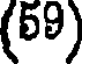
(59)